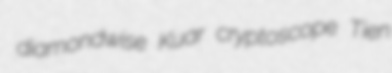
diamondwise Kuar cryptoscope Tien